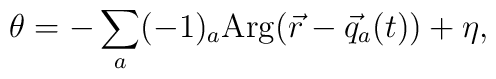
\theta = - \sum_a (-1)_a {\rm Arg} (\vec{r}-\vec{q}_a(t)) + \eta,